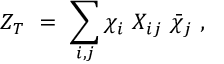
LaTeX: Z _ { T } \ = \ \sum _ { i , j } \chi _ { i } \ X _ { i j } \ \bar { \chi } _ { j } \ ,